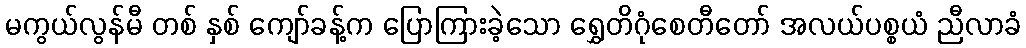
မကွယ်လွန်မီ တစ် နှစ် ကျော်ခန့်က ပြောကြားခဲ့သော ရွှေတိဂုံစေတီတော် အလယ်ပစ္စယံ ညီလာခံ